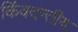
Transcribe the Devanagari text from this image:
किंवदन्तीय